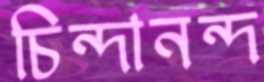
চিন্দানন্দ